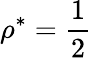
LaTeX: \rho^{*}=\frac{1}{2}